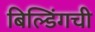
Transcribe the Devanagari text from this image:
बिल्डिंगची